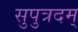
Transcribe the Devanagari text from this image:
सुपुत्रदम्